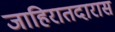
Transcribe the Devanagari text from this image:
जाहिरातदारास